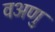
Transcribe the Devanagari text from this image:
वअणु